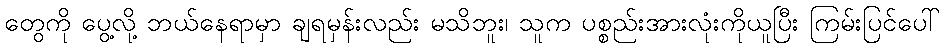
တွေကို ပွေ့လို့ ဘယ်နေရာမှာ ချရမှန်းလည်း မသိဘူး၊ သူက ပစ္စည်းအားလုံးကိုယူပြီး ကြမ်းပြင်ပေါ်